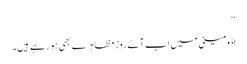
‘‘
اڈومینی میں اب آئے روز مظاہرے بھی ہو رہے ہیں۔